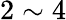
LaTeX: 2\sim 4